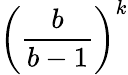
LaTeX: {\left({\frac{b}{b-1}}\right)}^{k}